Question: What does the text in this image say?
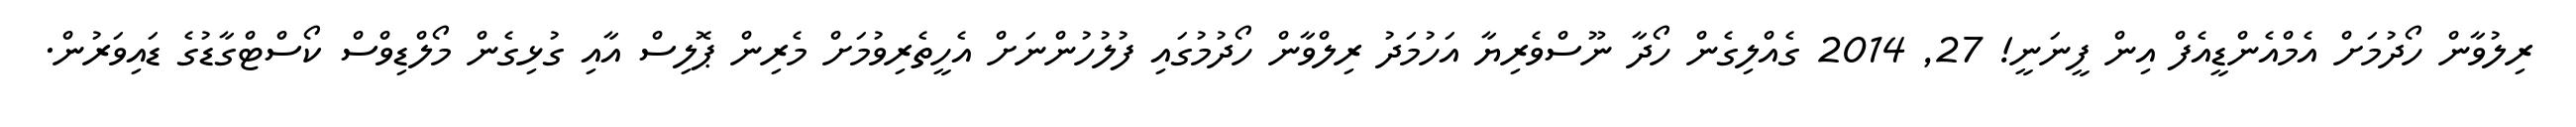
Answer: ރިލުވާން ހޯދުމަށް އެމްއެންޑީއެފް އިން ފީނަނީ! 27, 2014 ގެއްލިގެން ހޯދާ ނޫސްވެރިޔާ އަހުމަދު ރިލްވާން ހޯދުމުގައި ފުލުހުންނަށް އެހީތެރިވުމަށް މެރިން ޕޮލިސް އާއި ގުޅިގެން މޯލްޑިވްސް ކޯސްޓްގާޑުގެ ޑައިވަރުން.